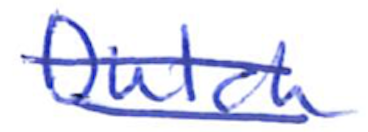
Text: Dutch
Cross-out: double-line
Writing tool: ballpoint